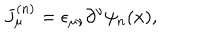
J _ { \mu } ^ { ( n ) } = \epsilon _ { \mu \nu } \partial ^ { \nu } \psi _ { n } ( x ) ,